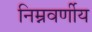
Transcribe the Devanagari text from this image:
निम्नवर्णीय